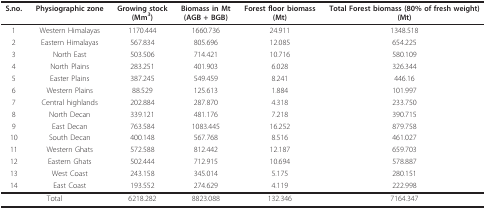
| S.no. | Physiographic zone | Growing stock(Mm3) | Biomass in Mt(AGB + BGB) | Forest floor biomass(Mt) | Total Forest biomass (80% of fresh weight)(Mt) |
 | --- | --- | --- | --- | --- | --- |
 | 1 | Western Himalayas | 1170.444 | 1660.736 | 24.911 | 1348.518 |
 | 2 | Eastern Himalayas | 567.834 | 805.696 | 12.085 | 654.225 |
 | 3 | North East | 503.506 | 714.421 | 10.716 | 580.109 |
 | 4 | North Plains | 283.251 | 401.903 | 6.028 | 326.344 |
 | 5 | Easter Plains | 387.245 | 549.459 | 8.241 | 446.16 |
 | 6 | Western Plains | 88.529 | 125.613 | 1.884 | 101.997 |
 | 7 | Central highlands | 202.884 | 287.870 | 4.318 | 233.750 |
 | 8 | North Decan | 339.121 | 481.176 | 7.218 | 390.715 |
 | 9 | East Decan | 763.584 | 1083.445 | 16.252 | 879.758 |
 | 10 | South Decan | 400.148 | 567.768 | 8.516 | 461.027 |
 | 11 | Western Ghats | 572.588 | 812.442 | 12.187 | 659.703 |
 | 12 | Eastern Ghats | 502.444 | 712.915 | 10.694 | 578.887 |
 | 13 | West Coast | 243.158 | 345.014 | 5.175 | 280.151 |
 | 14 | East Coast | 193.552 | 274.629 | 4.119 | 222.998 |
 | <COLSPAN=2> Total | 6218.282 | 8823.088 | 132.346 | 7164.347 |